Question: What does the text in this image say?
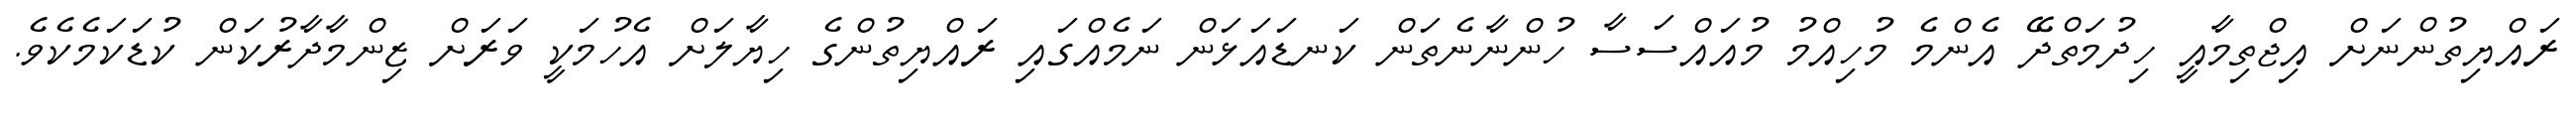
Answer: ރައްޔިތުންނަށް އިޖްތިމާއީ ހިދުމަތްދޭ އެންމެ މުހިއްމު މުއައްސަސާ ހުންނާނެތަން ކަނޑައަޅަން ނަމެއްގައި ރައްޔިތުންގެ ހިޔާލަށް އެހުމަކީ ވަރަށް ޒިންމާދާރުކަން ކުޑަކަމެކެވެ.